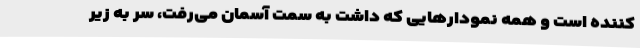
کننده است و همه نمودارهایی که داشت به سمت آسمان می‌رفت، سر به زیر